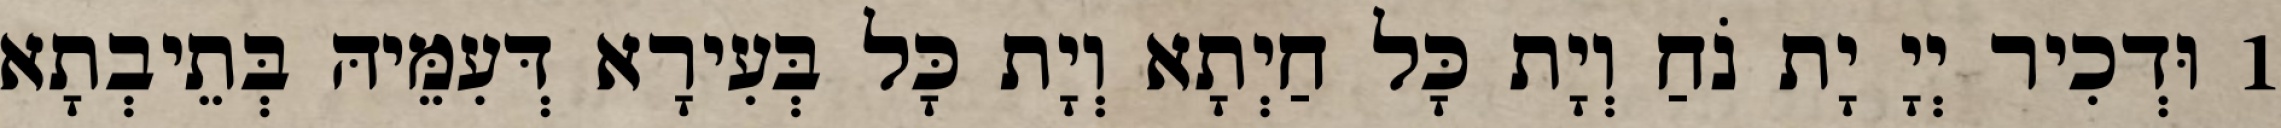
1 וּדְכִיר יְיָ יָת נֹחַ וְיָת כָּל חַיְתָא וְיָת כָּל בְּעִירָא דְּעִמֵּיהּ בְּתֵיבְתָא